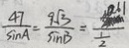
\frac { 4 7 } { \sin A } = \frac { 9 \sqrt { 3 } } { \min B } = \frac { 1 } { \frac { 1 } { 2 } }